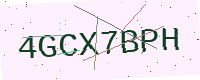
Text: 4GCX7BPH